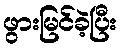
ဖွားမြင်ခဲ့ပြီး